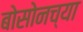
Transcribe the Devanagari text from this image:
बोसोनच्या